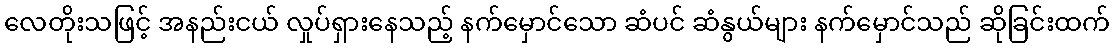
လေတိုးသဖြင့် အနည်းငယ် လှုပ်ရှားနေသည့် နက်မှောင်သော ဆံပင် ဆံနွယ်များ နက်မှောင်သည် ဆိုခြင်းထက်